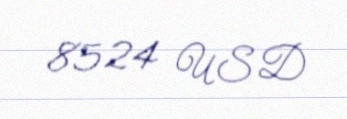
8524 USD